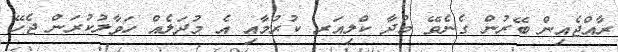
ރާއްޖެއިން ބޭރުން ގެނެވޭ މުދާ ކްލިއަރ ކުރުމާއި އެ މުދަލެއް ހަވާލުކުރަން ޖެހޭ